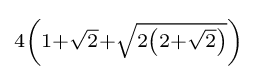
\scriptstyle 4\left(1+{\sqrt {2}}+{\sqrt {2\left(2+{\sqrt {2}}\right)}}\right)